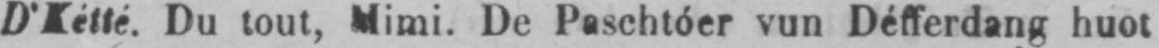
D’Kétté. Du tout, Mimi. De Paschtóer vun Défferdang huot